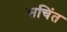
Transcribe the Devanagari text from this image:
सचिंत